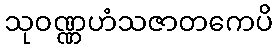
သုဝဏ္ဏဟံသဇာတကေပိ